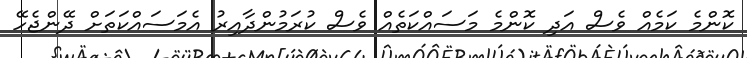
ކޮންމެ ކަމެއް ވެސް އަދި ކޮންމެ މަސައްކަތެއް ވެސް ކުރަމުންދާއިރު އެމަސައްކަތަށް ދޭންޖެހޭ